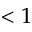
< 1